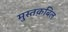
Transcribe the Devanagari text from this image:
मुस्तक़बिल